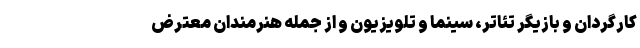
کارگردان و بازیگر تئاتر، سینما و تلویزیون و از جمله هنرمندان معترض